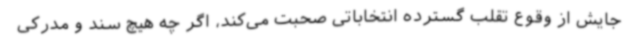
جایش از وقوع تقلب گسترده انتخاباتی صحبت می‌کند، اگر چه هیچ سند و مدرکی